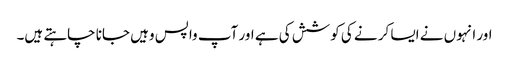
اور انہوں نے ایسا کر نے کی کوشش کی ہے اور آپ واپس وہیں جانا چاہتے ہیں۔